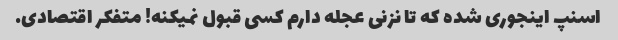
اسنپ اینجوری شده که تا نزنی عجله دارم کسی قبول نمیکنه! متفکر اقتصادی.